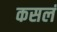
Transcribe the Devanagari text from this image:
कसलं